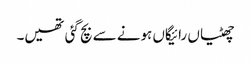
چھٹیاں رائیگاں ہونے سے بچ گئی تھیں۔